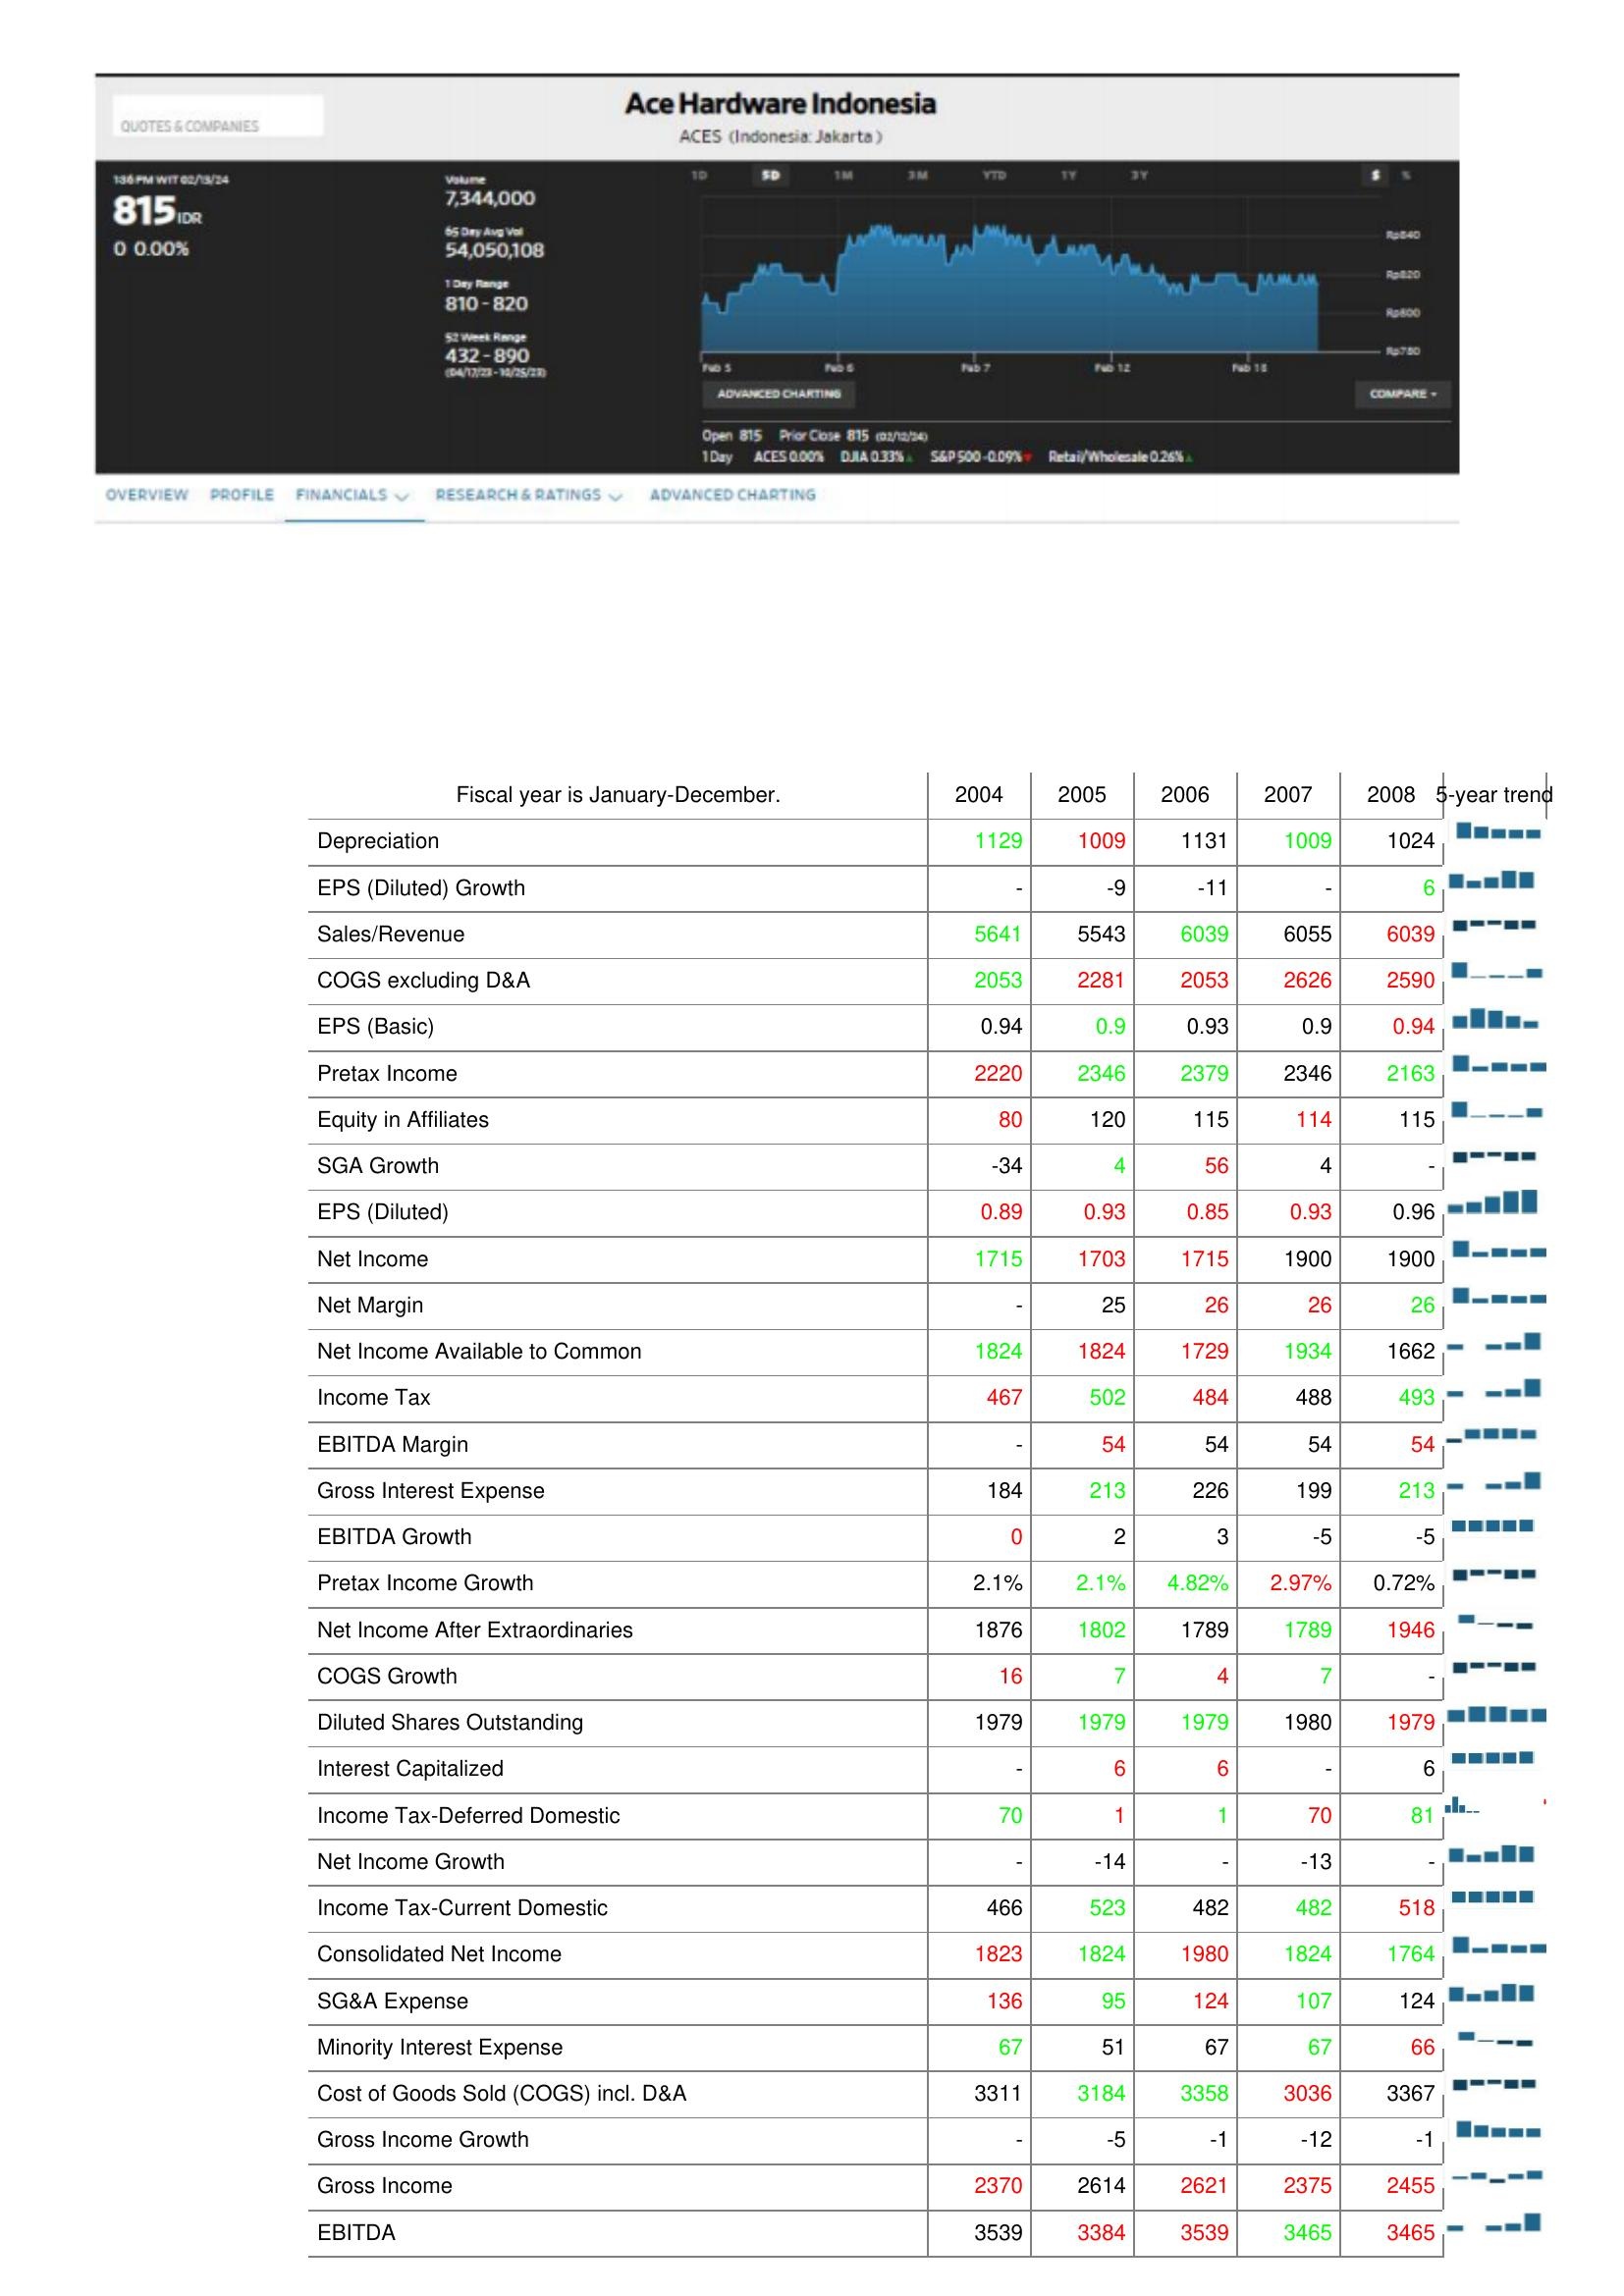
2004: : Depreciation: 1129
EPS (Diluted) Growth: -
Sales/Revenue: 5641
COGS excluding D&A: 2053
EPS (Basic): 0.94
Pretax Income: 2220
Equity in Affiliates: 80
SGA Growth: -34
EPS (Diluted): 0.89
Net Income: 1715
Net Margin: -
Net Income Available to Common: 1824
Income Tax: 467
EBITDA Margin: -
Gross Interest Expense: 184
EBITDA Growth: 0
Pretax Income Growth: 2.1%
Net Income After Extraordinaries: 1876
COGS Growth: 16
Diluted Shares Outstanding: 1979
Interest Capitalized: -
Income Tax-Deferred Domestic: 70
Net Income Growth: -
Income Tax-Current Domestic: 466
Consolidated Net Income: 1823
SG&A Expense: 136
Minority Interest Expense: 67
Cost of Goods Sold (COGS) incl. D&A: 3311
Gross Income Growth: -
Gross Income: 2370
EBITDA: 3539
2005: : Depreciation: 1009
EPS (Diluted) Growth: -9
Sales/Revenue: 5543
COGS excluding D&A: 2281
EPS (Basic): 0.9
Pretax Income: 2346
Equity in Affiliates: 120
SGA Growth: 4
EPS (Diluted): 0.93
Net Income: 1703
Net Margin: 25
Net Income Available to Common: 1824
Income Tax: 502
EBITDA Margin: 54
Gross Interest Expense: 213
EBITDA Growth: 2
Pretax Income Growth: 2.1%
Net Income After Extraordinaries: 1802
COGS Growth: 7
Diluted Shares Outstanding: 1979
Interest Capitalized: 6
Income Tax-Deferred Domestic: 1
Net Income Growth: -14
Income Tax-Current Domestic: 523
Consolidated Net Income: 1824
SG&A Expense: 95
Minority Interest Expense: 51
Cost of Goods Sold (COGS) incl. D&A: 3184
Gross Income Growth: -5
Gross Income: 2614
EBITDA: 3384
2006: : Depreciation: 1131
EPS (Diluted) Growth: -11
Sales/Revenue: 6039
COGS excluding D&A: 2053
EPS (Basic): 0.93
Pretax Income: 2379
Equity in Affiliates: 115
SGA Growth: 56
EPS (Diluted): 0.85
Net Income: 1715
Net Margin: 26
Net Income Available to Common: 1729
Income Tax: 484
EBITDA Margin: 54
Gross Interest Expense: 226
EBITDA Growth: 3
Pretax Income Growth: 4.82%
Net Income After Extraordinaries: 1789
COGS Growth: 4
Diluted Shares Outstanding: 1979
Interest Capitalized: 6
Income Tax-Deferred Domestic: 1
Net Income Growth: -
Income Tax-Current Domestic: 482
Consolidated Net Income: 1980
SG&A Expense: 124
Minority Interest Expense: 67
Cost of Goods Sold (COGS) incl. D&A: 3358
Gross Income Growth: -1
Gross Income: 2621
EBITDA: 3539
2007: : Depreciation: 1009
EPS (Diluted) Growth: -
Sales/Revenue: 6055
COGS excluding D&A: 2626
EPS (Basic): 0.9
Pretax Income: 2346
Equity in Affiliates: 114
SGA Growth: 4
EPS (Diluted): 0.93
Net Income: 1900
Net Margin: 26
Net Income Available to Common: 1934
Income Tax: 488
EBITDA Margin: 54
Gross Interest Expense: 199
EBITDA Growth: -5
Pretax Income Growth: 2.97%
Net Income After Extraordinaries: 1789
COGS Growth: 7
Diluted Shares Outstanding: 1980
Interest Capitalized: -
Income Tax-Deferred Domestic: 70
Net Income Growth: -13
Income Tax-Current Domestic: 482
Consolidated Net Income: 1824
SG&A Expense: 107
Minority Interest Expense: 67
Cost of Goods Sold (COGS) incl. D&A: 3036
Gross Income Growth: -12
Gross Income: 2375
EBITDA: 3465
2008: : Depreciation: 1024
EPS (Diluted) Growth: 6
Sales/Revenue: 6039
COGS excluding D&A: 2590
EPS (Basic): 0.94
Pretax Income: 2163
Equity in Affiliates: 115
SGA Growth: -
EPS (Diluted): 0.96
Net Income: 1900
Net Margin: 26
Net Income Available to Common: 1662
Income Tax: 493
EBITDA Margin: 54
Gross Interest Expense: 213
EBITDA Growth: -5
Pretax Income Growth: 0.72%
Net Income After Extraordinaries: 1946
COGS Growth: -
Diluted Shares Outstanding: 1979
Interest Capitalized: 6
Income Tax-Deferred Domestic: 81
Net Income Growth: -
Income Tax-Current Domestic: 518
Consolidated Net Income: 1764
SG&A Expense: 124
Minority Interest Expense: 66
Cost of Goods Sold (COGS) incl. D&A: 3367
Gross Income Growth: -1
Gross Income: 2455
EBITDA: 3465